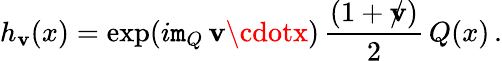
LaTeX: h_{\mathbf{v}}(x)=\exp(i\mathtt{m}_{Q}\, \mathbf{v}\cdotx)\, {\frac{{(1+\rlap/\mathbf{v})}}{{2}}}\, Q(x)\, .